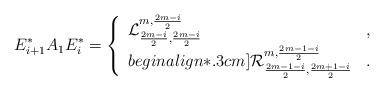
LaTeX: \begin{align*}E^*_{i+1}A_1E^*_i=\left\{\begin{array}{ll} \mathcal{L}^{m,\frac{2m-i}{2}}_{\frac{2m-i}{2},\frac{2m-i}{2}} &,\\begin{align*}.3cm] \mathcal{R}^{m,\frac{2m-1-i}{2}}_{\frac{2m-1-i}{2},\frac{2m+1-i}{2}} &.\end{array}\right.\end{align*}